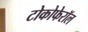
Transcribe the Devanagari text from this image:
टोकोफेरॉल